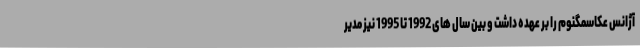
آژانس عکاسمگنوم را بر عهده داشت و بین سال های 1992 تا 1995 نیز مدیر